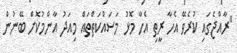
"ރާއްޖެގައި ކުރެވޭ އެހާ ރީތި އެހާ މޮޅު މަސައްކަތްތައް މިއަދު އާންމުކޮށް ބޭނުން